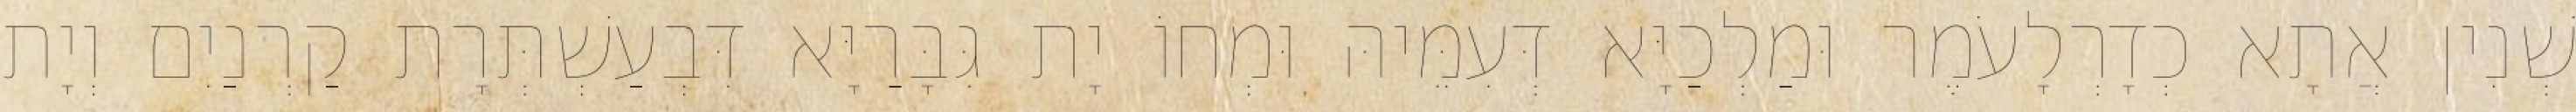
שְׁנִין אֲתָא כְדָרְלָעֹמֶר וּמַלְכַיָּא דְּעִמֵּיהּ וּמְחוֹ יָת גִּבָּרַיָּא דִּבְעַשְׁתְּרָת קַרְנַיִם וְיָת